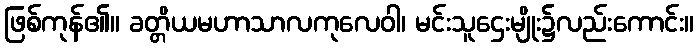
ဖြစ်ကုန်၏။ ခတ္တိယမဟာသာလကုလေဝါ၊ မင်းသူဌေးမျိုး၌လည်းကောင်း။